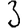
Digit: 3